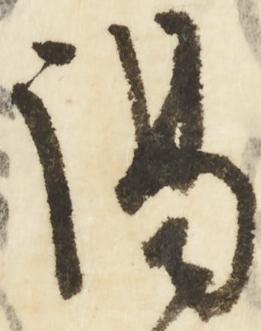
謁